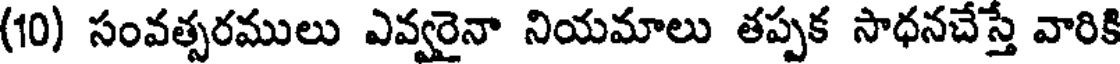
(10) సంవత్సరములు ఎవ్వరైనా నియమాలు తప్పక సాధనచేస్తే వారికి